Lunatic asylums in Bengal annual reports 1912-1924 - 1912-1924
Year: 1912
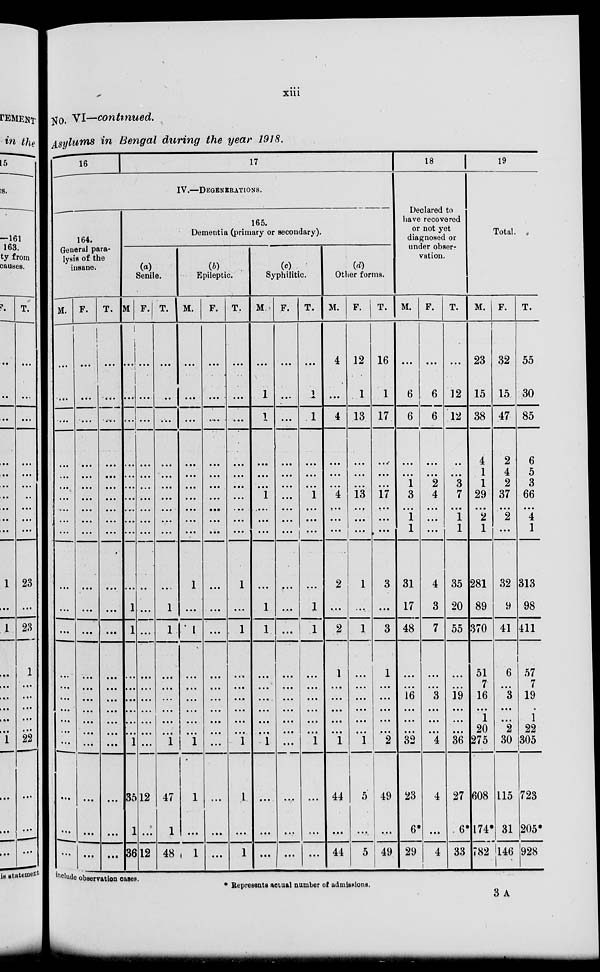
xiii
No. VI—continued.
Asylums in Bengal during the year 1918.
16
17
IV.—DEGENERATIONS.
164.
General para-
lysis of the
insane.
M.
...
...
...
...
...
...
...
...
...
...
...
...
...
...
...
...
...
...
...
...
...
...
...
F.
...
...
...
...
...
...
...
...
...
...
...
...
...
...
...
...
...
...
...
...
...
...
...
T.
...
...
...
...
...
...
...
...
...
...
...
...
...
...
...
...
...
...
...
...
...
...
...
165.
Dementia (primary or secondary).
(a)
Senile.
M
...
...
...
...
...
...
...
...
...
...
...
1
1
...
...
...
...
...
...
1
35
1
36
F.
...
...
...
...
...
...
...
...
...
...
...
...
...
...
...
...
...
...
...
...
12
...
12
T.
...
...
...
...
...
...
...
...
...
...
...
1
1
...
...
...
...
...
...
1
47
1
48
(b)
Epileptic.
M.
...
...
...
...
...
...
...
...
...
...
1
...
1
...
...
...
...
...
...
1
1
...
1
F.
...
...
...
. . .
...
...
...
...
...
. ..
...
. . .
...
...
...
...
...
...
...
...
...
...
...
T.
...
...
...
...
...
...
...
...
...
...
1
...
1
...
...
...
...
...
...
1
1
...
1
(c)
Syphilitic.
M
...
1
1
...
...
...
1
...
...
...
...
1
1
...
...
...
...
...
...
1
...
...
...
F.
...
...
...
...
...
...
...
...
...
...
...
...
...
...
...
. ..
...
...
...
...
...
...
...
T.
. ..
1
1
...
...
... 1
...
...
...
...
1
1
...
...
...
...
...
...
1
...
...
...
(d)
Other forms.
M.
4
...
4
...
...
...
4
...
...
...
2
...
2
1
...
...
...
...
. . .
1
44
...
44
F.
12
1
13
...
...
...
13
...
...
...
1
...
1
...
...
...
...
...
...
1
5
...
5
T.
16
1
17
...
...
...
17
...
...
...
3
...
3
1
...
...
...
...
...
2
49
...
49
18
Declared to
have recovered
or not yet
diagnosed or
under obser-
vation.
M.
...
6
6
...
...
1
3
...
1
1
31
17
48
...
...
16
...
...
...
32
23
6*
29
F.
...
6
6
...
...
2
4
...
...
...
4
3
7
...
...
3
...
...
...
4
4
...
4
T.
...
12
12
...
...
3
7
...
1
1
35
20
55
...
4
19
...
...
...
36
27
6*
33
19
Total.
M.
23
15
38
4
1
1
29
...
2
1
281
89
370
51
7
16
...
1
20
275
608
174*
782
F.
32
15
47
2
4
2
37
...
2
...
32
9
41
6
...
3
...
...
2
30
115
31
146
T.
55
30
85
6
5
3
66
...
4
1
313
98
411
57
7
19
...
1
22
305
723
205*
928
include observation cases.
* Represents actual number of admissions.
3 A